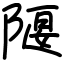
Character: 隁